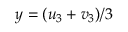
y = ( u _ { 3 } + v _ { 3 } ) / 3